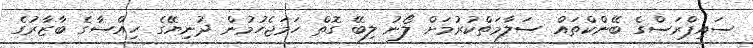
ސައިޕްރަސްގެ ބޭންކްތައް ސަލާމަތްކުރުމަށް ލޯނު ލިބޭ ގޮތް ހަމަޖެހުމުން ދުނިޔޭގެ ހިއްސާގެ ބާޒާރުގެ